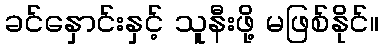
ခင်နှောင်းနှင့် သူနီးဖို့ မဖြစ်နိုင်။